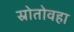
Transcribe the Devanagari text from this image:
स्रोतोवहा